Treatise on elephants
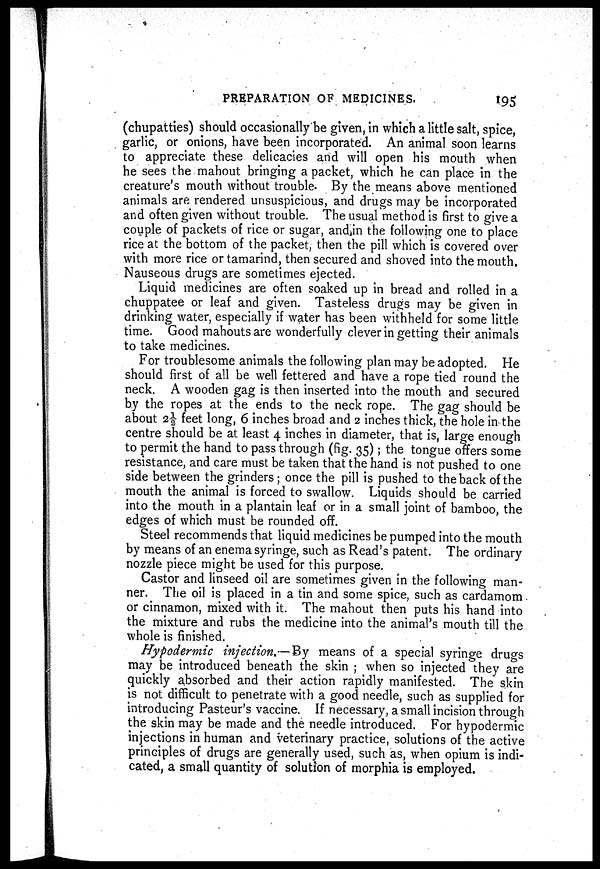
PREPARATION OF MEDICINES.
195
(chupatties) should occasionally be given, in which a little salt, spice,
garlic, or onions, have been incorporated. An animal soon learns
to appreciate these delicacies and will open his mouth when
he sees the mahout bringing a packet, which he can place in the
creature's mouth without trouble. By the means above mentioned
animals are rendered unsuspicious, and drugs may be incorporated
and often given without trouble. The usual method is first to give a
couple of packets of rice or sugar, and in the following one to place
rice at the bottom of the packet, then the pill which is covered over
with more rice or tamarind, then secured and shoved into the mouth.
Nauseous drugs are sometimes ejected.
Liquid medicines are often soaked up in bread and rolled in a
chuppatee or leaf and given. Tasteless drugs may be given in
drinking water, especially if water has been withheld for some little
time. Good mahouts are wonderfully clever in getting their animals
to take medicines.
For troublesome animals the following plan may be adopted. He
should first of all be well fettered and have a rope tied round the
neck. A wooden gag is then inserted into the mouth and secured
by the ropes at the ends to the neck rope. The gag should be
about 2½ feet long, 6 inches broad and 2 inches thick, the hole in the
centre should be at least 4 inches in diameter, that is, large enough
to permit the hand to pass through (fig. 35); the tongue offers some
resistance, and care must be taken that the hand is not pushed to one
side between the grinders ; once the pill is pushed to the back of the
mouth the animal is forced to swallow. Liquids should be carried
into the mouth in a plantain leaf or in a small joint of bamboo, the
edges of which must be rounded off.
Steel recommends that liquid medicines be pumped into the mouth
by means of an enema syringe, such as Read's patent. The ordinary
nozzle piece might be used for this purpose.
Castor and linseed oil are sometimes given in the following man-
ner. The oil is placed in a tin and some spice, such as cardamom
or cinnamon, mixed with it. The mahout then puts his hand into
the mixture and rubs the medicine into the animal's mouth till the
whole is finished.
Hypodermic injection.— By means of a special syringe drugs
may be introduced beneath the skin ; when so injected they are
quickly absorbed and their action rapidly manifested. The skin
is not difficult to penetrate with a good needle, such as supplied for
introducing Pasteur's vaccine. If necessary, a small incision through
the skin may be made and the needle introduced. For hypodermic
injections in human and veterinary practice, solutions of the active
principles of drugs are generally used, such as, when opium is indi-
cated, a small quantity of solution of morphia is employed.